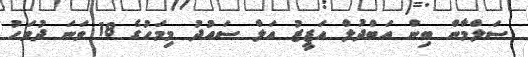
ސަލްމާން ބިން އަބްދުލް އަޒީޒު އަލް ސައުދު މިމަހުގެ 18 ވަނަ ދުވަހު